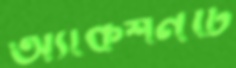
অ্যাকশনটি